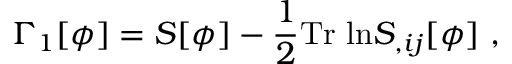
\Gamma _ { 1 } [ \phi ] = S [ \phi ] - \frac { 1 } { 2 } \mathrm { T r \ l n } S _ { , i j } [ \phi ] \ ,